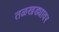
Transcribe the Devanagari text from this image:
तळखड्यावर